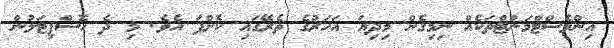
އިންވެސްޓްމަންޓްތަކެެއް ނިމިގެން މިދިޔަ އަހަރުގެ ތެރޭގައި ކޮށްފަ އެވެ. މި ދެ ހޮސްޕިޓަލުން